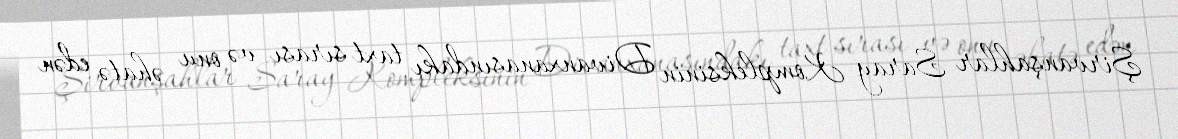
Şirvanşahlar Saray Kompleksinin Divanxanasındakı taxt sırası və onu əhatə edən